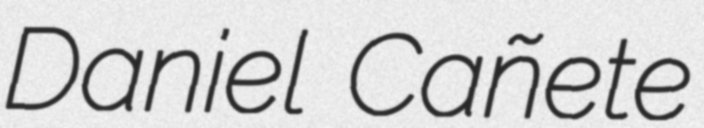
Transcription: Daniel Cañete